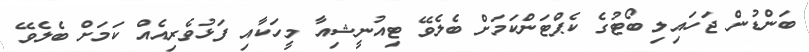
ބަންޑުން ޖަހައިލި ބޯޓުގެ ކެޕްޓަންކަމަށް ބެލެވޭ ޓިއުނީޝިއާ މީހަކާއި ފަޅުވެރިއެއް ކަމަށް ބެލެވޭ